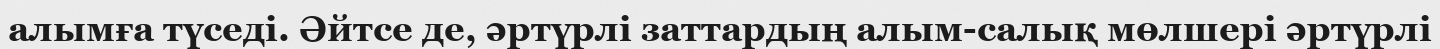
алымға түседі. Әйтсе де, әртүрлі заттардың алым-салық мөлшері әртүрлі